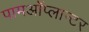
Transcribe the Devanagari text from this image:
पामऑप्लान्टर